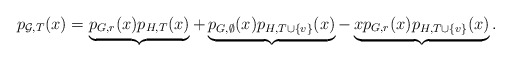
\begin{align*}p_{\mathcal{G},T}(x)=\underbrace{p_{G,r}(x)p_{H,T}(x)}_{}+\underbrace{p_{G,\emptyset}(x)p_{H,T\cup\{v\}}(x)}_{}-\underbrace{xp_{G,r}(x)p_{H,T\cup\{v\}}(x)}_{}.\end{align*}